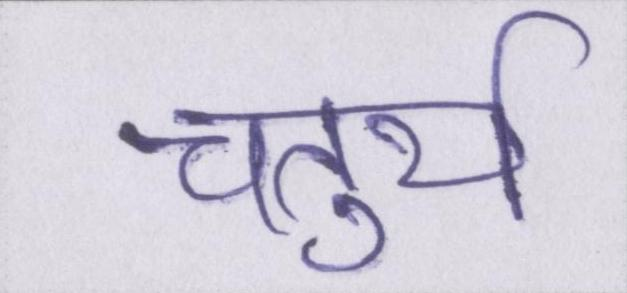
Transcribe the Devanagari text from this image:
चतुर्थ